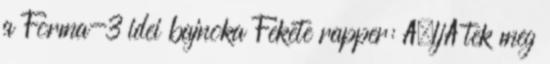
a Forma-3 idei bajnoka Fekete rapper: Ã¶ljÃ tek meg